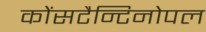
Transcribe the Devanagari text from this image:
कोंसटैन्टिनोपल